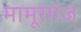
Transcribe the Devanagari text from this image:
मामूरगंज